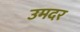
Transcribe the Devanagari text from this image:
उमदर